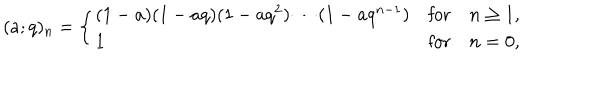
LaTeX: ( a ; q ) _ { n } = \left\{ \begin{array} { l l l } { { ( 1 - a ) ( 1 - a q ) ( 1 - a q ^ { 2 } ) \cdots ( 1 - a q ^ { n - 1 } ) } } & { { \mathrm { f o r } } } & { { n \ge 1 , } } \\ { { 1 } } & { { \mathrm { f o r } } } & { { n = 0 , } } \\ \end{array} \right.